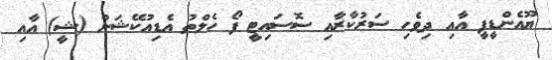
ޔޫއެންޑީޕީ އާއި ދިވެހި ސަރުކާރާއި ސޮސައިޓީ ފޯ ހެލްތު އެޑިއުކޭޝަން (ޝީ) އާއި